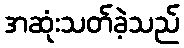
အဆုံးသတ်ခဲ့သည်